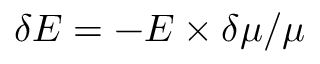
\delta E = - E \times \delta \mu / \mu